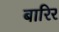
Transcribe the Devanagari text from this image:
बारिर